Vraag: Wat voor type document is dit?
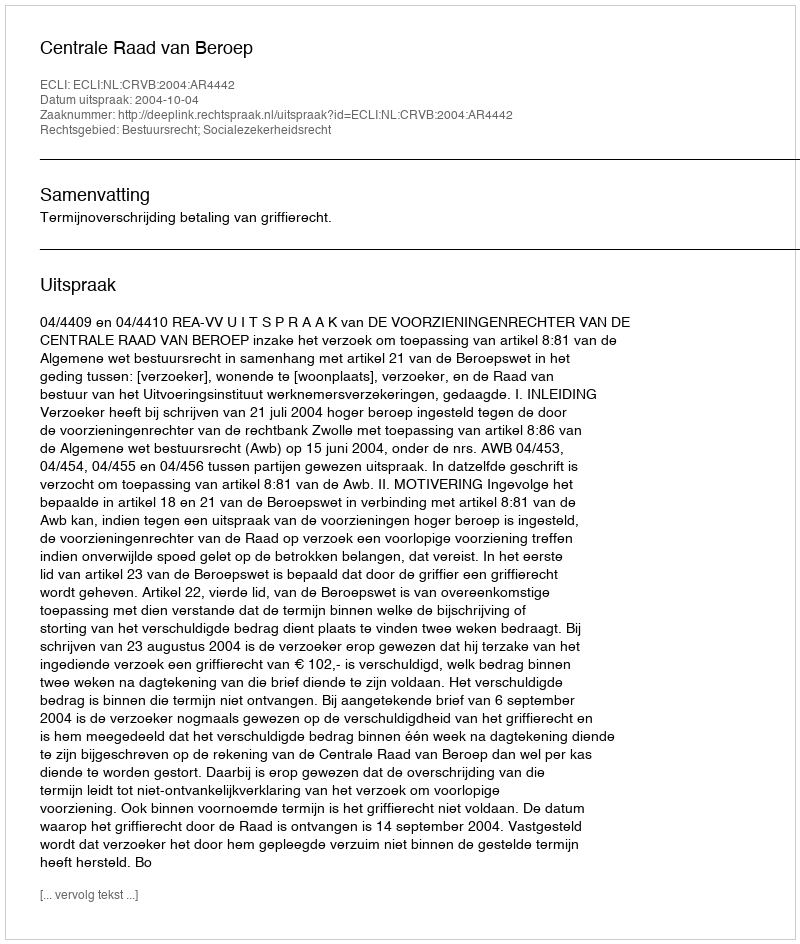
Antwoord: Uitspraak